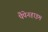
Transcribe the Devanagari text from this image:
पैपेनहाइम